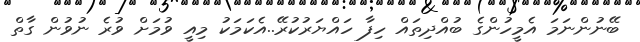
ބޭނުންނަމަ އެމީހުންގެ ބުއްދިތައް ހިފާ ހައްޔަރުކުރޭ..އެކަމަކު މިއީ ވުމަށް ވުރެ ނުވުން ގާތް